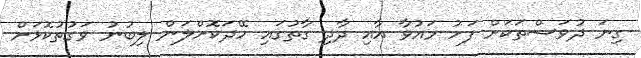
ގިނަ ދުވަސްތަކަށް ފަހު މައުވާ އާއި ދާދި ގާތުގައި ހޭދަކޮށްލަން ލިބުނު ވަގުތުކޮޅަށް